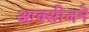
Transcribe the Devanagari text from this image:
आक्सीजनें